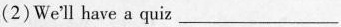
(2)We'll have a quiz___